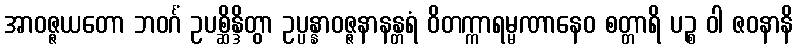
အာဝဇ္ဇယတော ဘဝင်္ဂံ ဥပစ္ဆိန္ဒိတွာ ဥပ္ပန္နာဝဇ္ဇနာနန္တရံ ဝိတက္ကာရမ္မဏာနေဝ စတ္တာရိ ပဉ္စ ဝါ ဇဝနာနိ